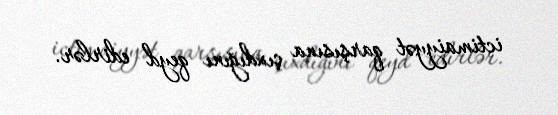
ictimaiyyət qarşısına çıxdığını qeyd edirlər.